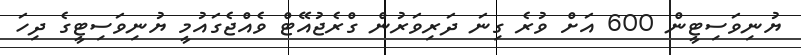
ޔުނިވަސިޓީން 600 އަށް ވުރެ ގިނަ ދަރިވަރުން ގްރެޖުއޭޓް ވެއްޖެގައުމީ ޔުނިވަސިޓީގެ ދިހަ